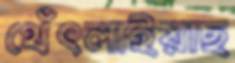
থেঁৎলাইয়াছ